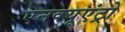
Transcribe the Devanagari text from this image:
एनक्यूएंट्रो